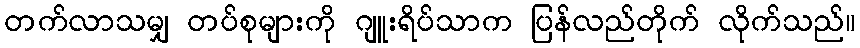
တက်လာသမျှ တပ်စုများကို ဂျူးရိပ်သာက ပြန်လည်တိုက် လိုက်သည်။